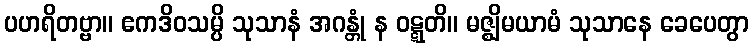
ပဟရိတဗ္ဗာ။ ဧကဒိဝသမ္ပိ သုသာနံ အဂန္တုံ န ဝဋ္ဋတိ။ မဇ္ဈိမယာမံ သုသာနေ ခေပေတွာ